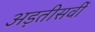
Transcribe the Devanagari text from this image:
अड़तीसवीं